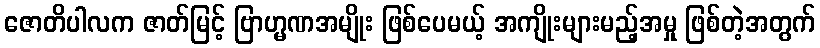
ဇောတိပါလက ဇာတ်မြင့် ဗြာဟ္မဏအမျိုး ဖြစ်ပေမယ့် အကျိုးများမည့်အမှု ဖြစ်တဲ့အတွက်